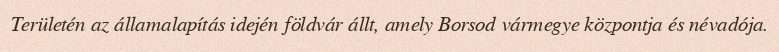
Területén az államalapítás idején földvár állt, amely Borsod vármegye központja és névadója.